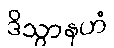
ဒိသွာနဟံ